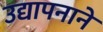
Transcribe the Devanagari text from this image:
उद्यापनाने